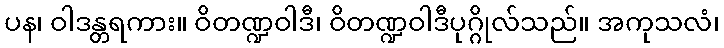
ပန၊ ဝါဒန္တရကား။ ဝိတဏ္ဍဝါဒီ၊ ဝိတဏ္ဍဝါဒီပုဂ္ဂိုလ်သည်။ အကုသလံ၊